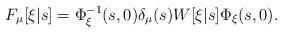
LaTeX: \begin{align*}F_\mu[\xi|s] = \Phi_\xi^{-1}(s,0) \delta_\mu(s) W[\xi|s] \Phi_\xi(s,0).\end{align*}